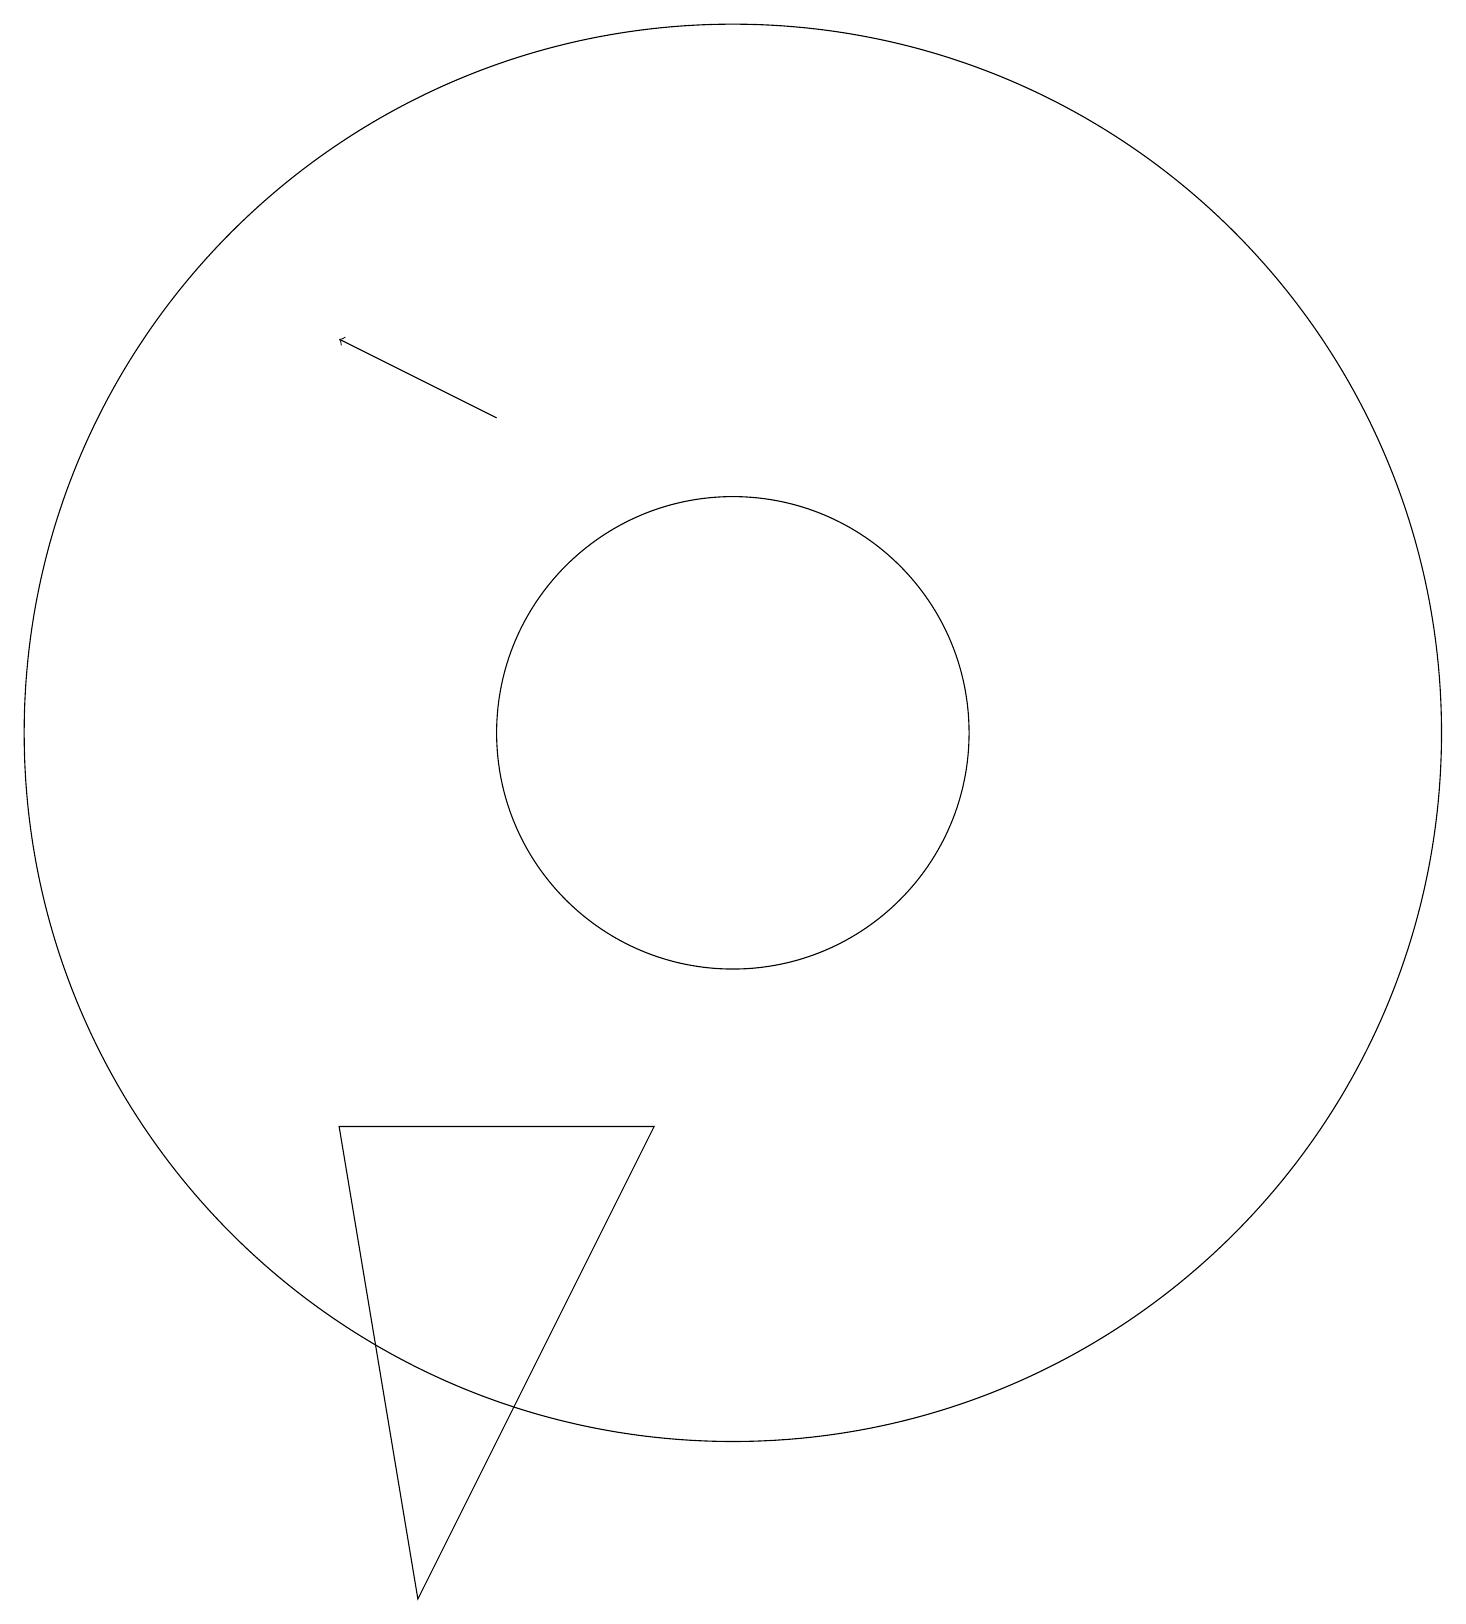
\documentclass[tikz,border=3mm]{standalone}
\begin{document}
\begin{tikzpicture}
\draw (10,11) circle (9);
\draw (7,18) rectangle (7,18);
\draw (10,11) circle (3);
\draw[->] (7,15) -- (5,16);
\draw (6,0) -- (5,6) -- (9,6) -- cycle;
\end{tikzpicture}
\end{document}